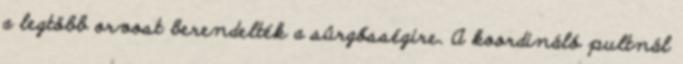
a legtöbb orvost berendelték a sürgősségire. A koordináló pultnál